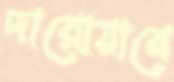
দারোয়ানে